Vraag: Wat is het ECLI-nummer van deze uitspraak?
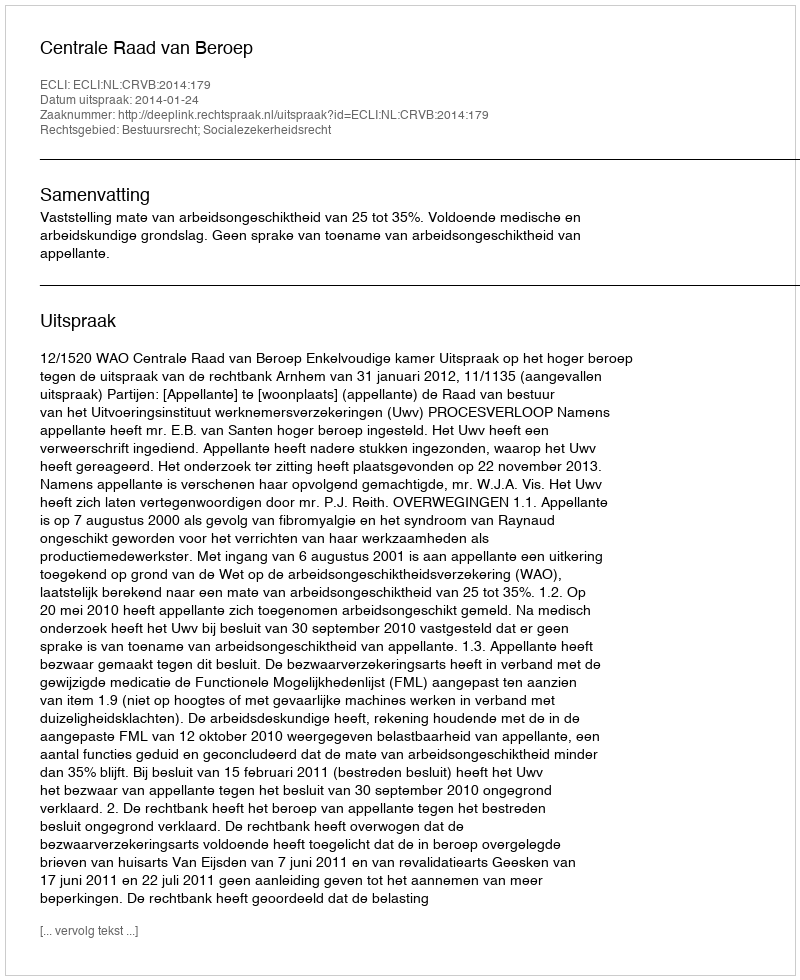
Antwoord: ECLI:NL:CRVB:2014:179